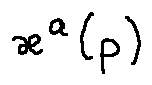
x ^ { a } ( p )